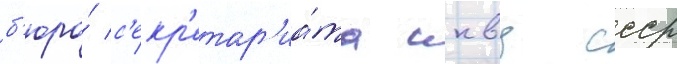
б'юро́ с'екр'етар'иа́та нквд ссср